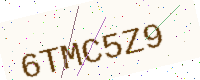
Text: 6TMC5Z9